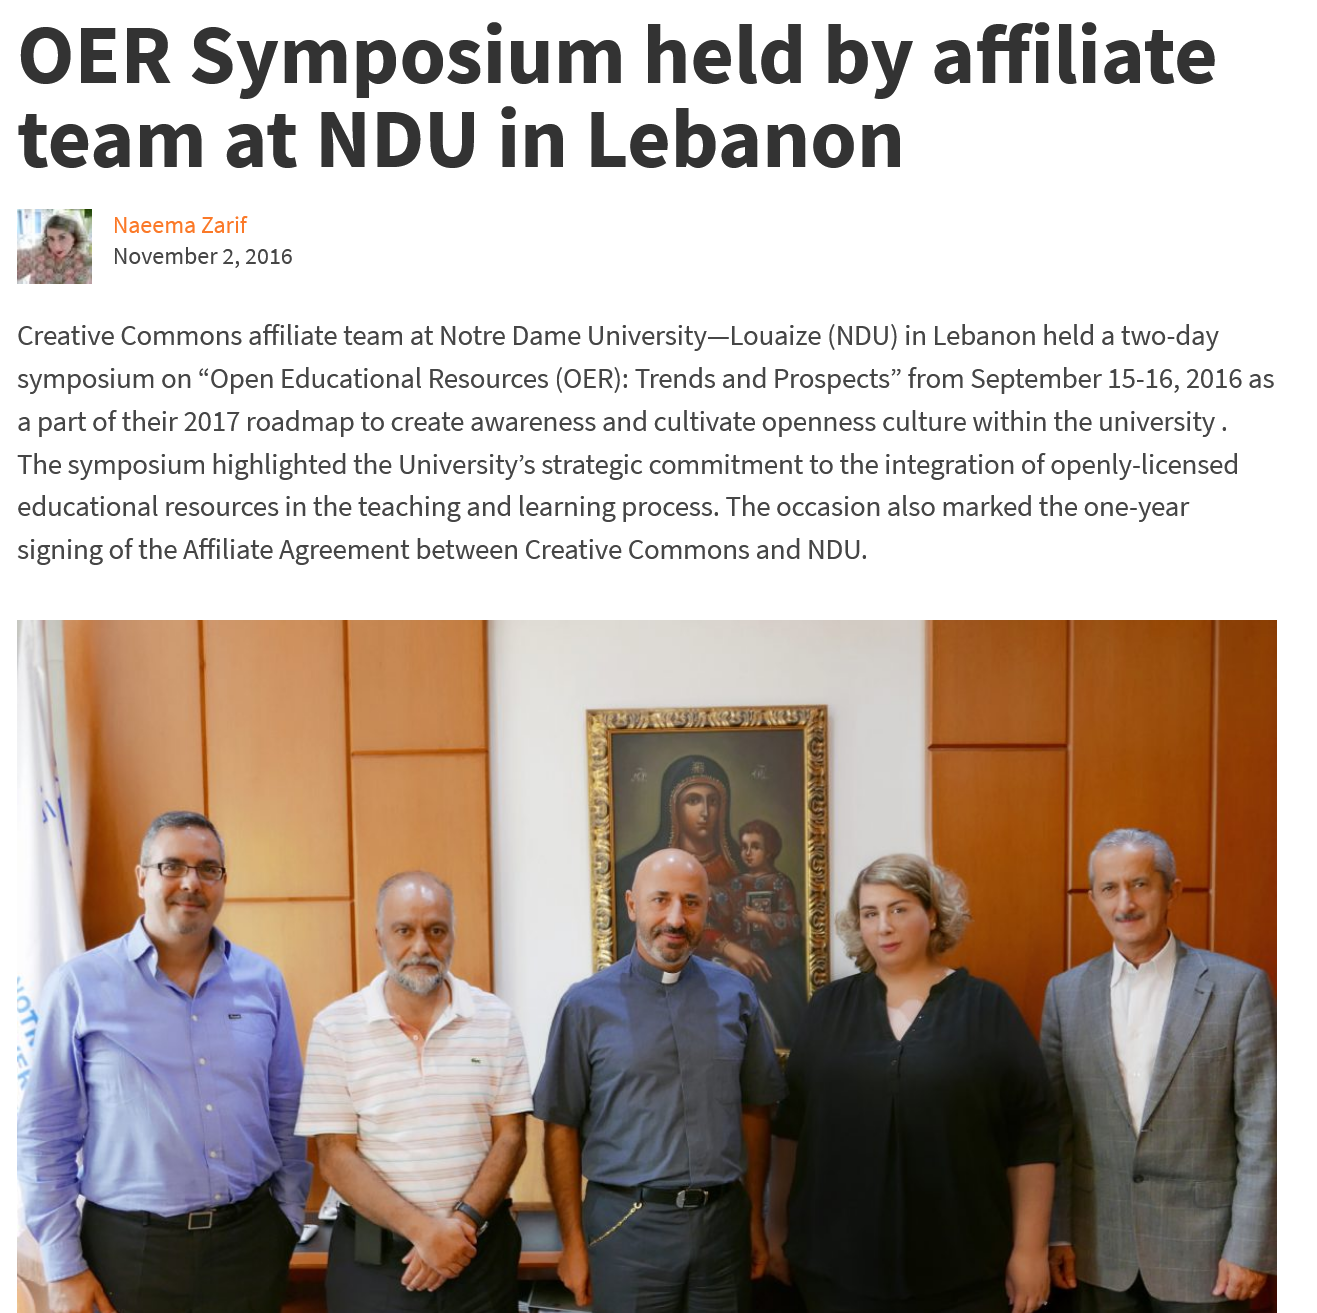
OER    Symposium    held    by affiliate
  team    at    NDU    in    Lebanon
     Naeema Zarif
     November 2, 2016
  Creative Commons affiliate team at Notre Dame University—Louaize (NDU) in Lebanon held a two-day
  symposium on “Open Educational Resources (OER): Trends and Prospects” from September 15-16, 2016 as
  a part of their 2017 roadmap to create awareness and cultivate openness culture within the university
     .
  The symposium highlighted the University’s strategic commitment to the integration of openly-licensed
  educational resources in the teaching and learning process. The occasion also marked the one-year
  signing of the Affiliate Agreement between Creative Commons and NDU.